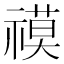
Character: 𮂓